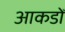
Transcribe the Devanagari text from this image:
आकडोँ